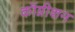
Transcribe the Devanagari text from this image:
कॉग्नीशन